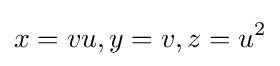
x=vu,y=v,z=u^{2}